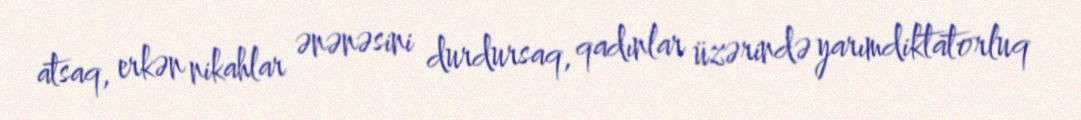
atsaq, erkən nikahlar ənənəsini durdursaq, qadınlar üzərində yarımdiktatorluq